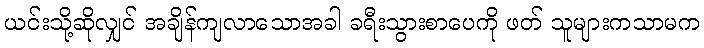
ယင်းသို့ဆိုလျှင် အချိန်ကျလာသောအခါ ခရီးသွားစာပေကို ဖတ် သူများကသာမက